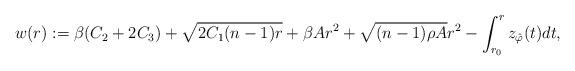
LaTeX: \begin{align*} w(r):=\beta(C_2+2C_3)+\sqrt{2C_1(n-1)r}+\beta A r^2+\sqrt{(n-1)\rho A}r^{2}-\int_{r_0}^r z_{\hat\varphi}(t)dt,\end{align*}